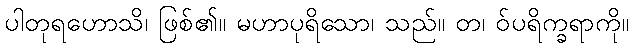
ပါတုရဟောသိ၊ ဖြစ်၏။ မဟာပုရိသော၊ သည်။ တ၊ ဝ်ပရိက္ခရာကို။